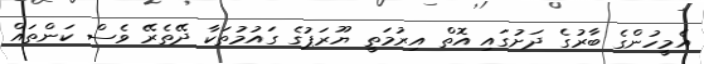
އެމީހުންގެ ބާރުގެ ދަށުގައި އޮތް އިރުމަތީ ޔޫރަޕުގެ ގައުމުތަކާ ދޭތެރޭ ވެސް ކަންތައް